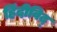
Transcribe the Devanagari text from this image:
हिंदीविद्‍